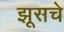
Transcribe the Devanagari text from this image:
झूसचे